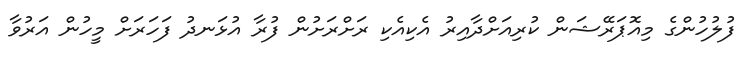
ފުލުހުންގެ މިއޮޕަރޭޝަން ކުރިއަށްދާއިރު އެކިއެކި ރަށްރަށުން ފުރާ އުޅަނދު ފަހަރަށް މީހުން އަރުވާ